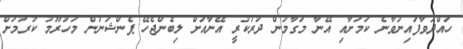
ހައްދަވާފައިނުވާނެ ކަމަށާއި އޭނާ މަގާމުން ދުރުކުރީ އޭނާއަށް ލިބެންޖެހޭ ޕެންޝަނުން މަހުރޫމު ކުރުމަށް